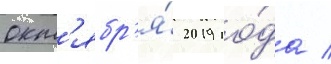
окт'ябр'я́ 2019 го́да /